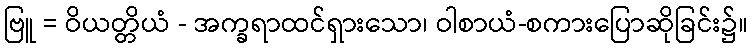
ဗြူ = ဝိယတ္တိယံ - အက္ခရာထင်ရှားသော၊ ဝါစာယံ-စကားပြောဆိုခြင်း၌။